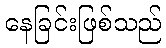
နေခြင်းဖြစ်သည်